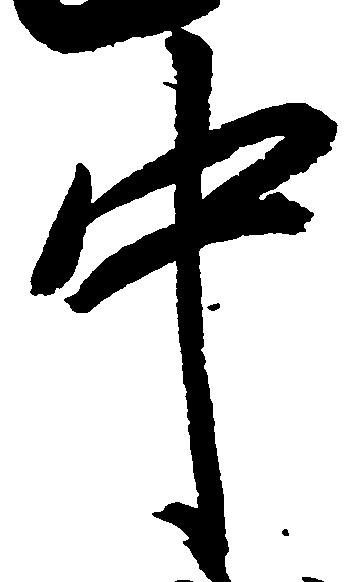
中